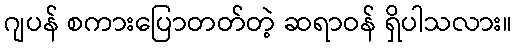
ဂျပန် စကားပြောတတ်တဲ့ ဆရာဝန် ရှိပါသလား။